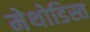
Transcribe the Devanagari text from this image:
मेथोडिस्त